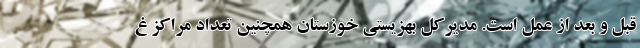
قبل و بعد از عمل است. مدیرکل بهزیستی خوزستان همچنین تعداد مراکز غ